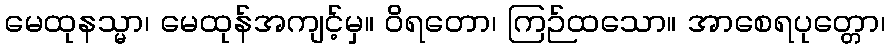
မေထုနသ္မာ၊ မေထုန်အကျင့်မှ။ ဝိရတော၊ ကြဉ်ထသော။ အာစေရပုတ္တော၊